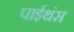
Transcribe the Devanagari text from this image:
पाईथंस